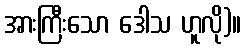
အားကြီးသော ဒေါသ ဟူလို)။